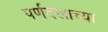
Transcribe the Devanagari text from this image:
पर्णदलाच्या